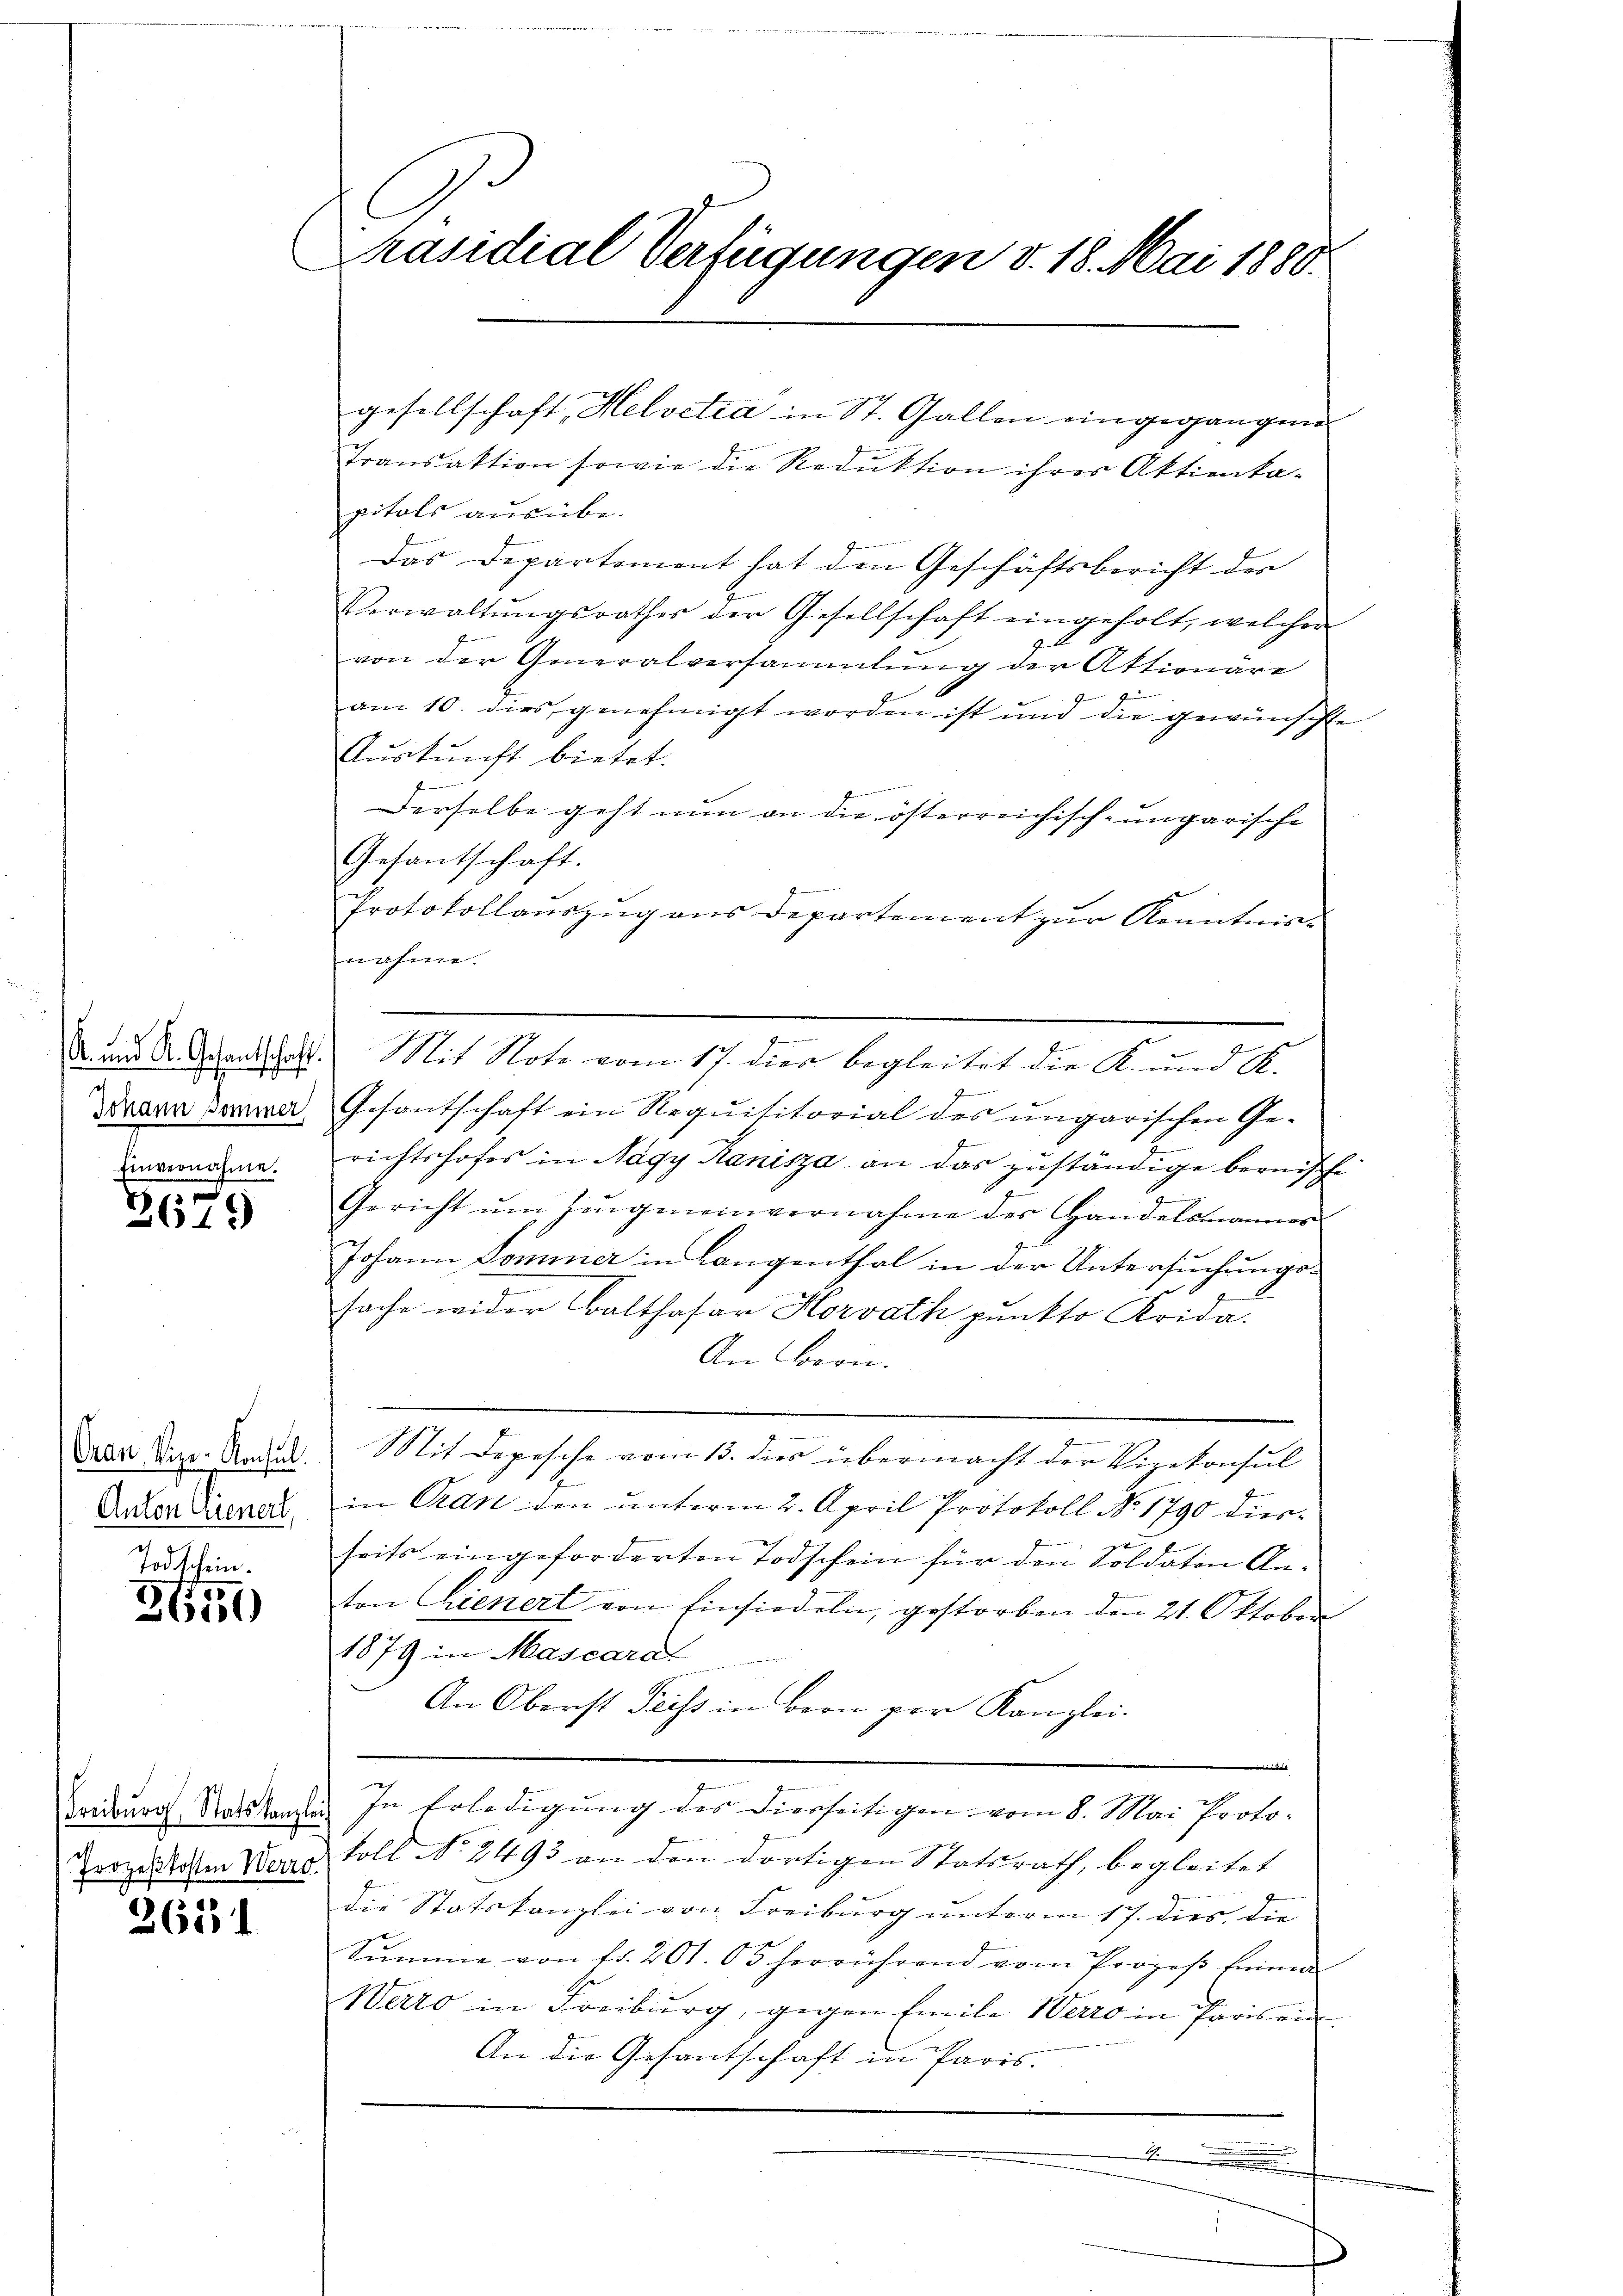
x
Johann Sommer,
Einvernahme.

3679

Oran, Vize-Konsul
Anton Erinnert,
r

Todschein.
36551

Prozeßkosten Werro.

2651

Präsidial Verfügungen d. 18. Mai 1880.

gesellschaft, Helvetia in St. Gallen eingegangen
Transaktion sowie die Reduktion ihrer Aktienka-
pitals ausübe.
Das Departement hat den Geschäftsbericht der
Verwaltŭngsrathes der Gesellschaft eingeholt, welcher
von der Generalversammlung der Aktionäre
am 10. dies genehmigt worden ist und die gewünschte
Auskunft bietet.
Derselbe geht nun an die österreichisch-ungarische
Gesantschaft.
Protokollauszug aus Departement zur Kenntnisnahme.
s
A. und A. Gesandtschaft. Mit Note vom 17. dies begleitet die K. und St.
Gesantschaft ein Requisitorial des ungarischen Ge-
richtshofes in Nagy Kanisza an das zuständige bernische
Gericht ŭm Zeŭgeneinvernahme der Handelsmannes
Johann Sommer in Langenthal in der Untersuchungssache wider Balthasar Horrath punkto Krida.
An Bern.
Mit Depesche vom 13. dies übermacht der Vizekonsul
in Gran den unterm 2. April Protokoll No 1790 diesseits eingeforderten Todschein für den Soldaten Anton Genert von Einsiedeln, gestorben den 21. Oktober
1879 in Mascara
An Oberst Feiss in Bern per Kanzlei.
Taidurch Ratskanzli. In Erledigung des Dierseitigen vom 8. Mai Protokoll No 2493 an den dortigen Statsrath, begleitet
die Statskanzlei von Freiburg unterm 17. dies, die
Sŭmme von fr. 201. 63 herrührend vom Prozeβ feinen
Weiro in Freiburg, gegen Emile Werro in Paris ein¬
An die Gesantschaft in Paris.
1